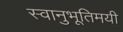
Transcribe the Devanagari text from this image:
स्वानुभूतिमयी